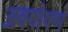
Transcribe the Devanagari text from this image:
अवषोषण